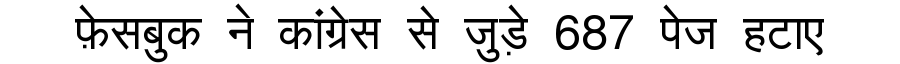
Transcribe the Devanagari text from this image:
फ़ेसबुक ने कांग्रेस से जुड़े 687 पेज हटाए